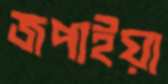
জপাইয়া